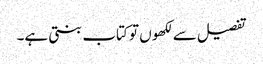
تفصیل سے لکھوں تو کتاب بنتی ہے۔